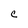
Character: C